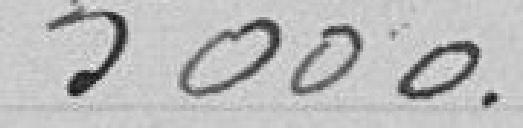
de      0 m, 33 c/m paient  0.05